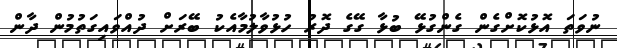
ނުވަތަ އޮޅުކޮށްގެން ގެންގުޅޭ ބުޅާ ގޭގެ ދޮރު ހުޅުވާލުމާއެކު ބޭރަށް ދުއްވައިގަތުމުން ދާން